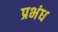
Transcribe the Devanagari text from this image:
प्रभंध